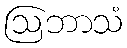
ဩဘာသံ